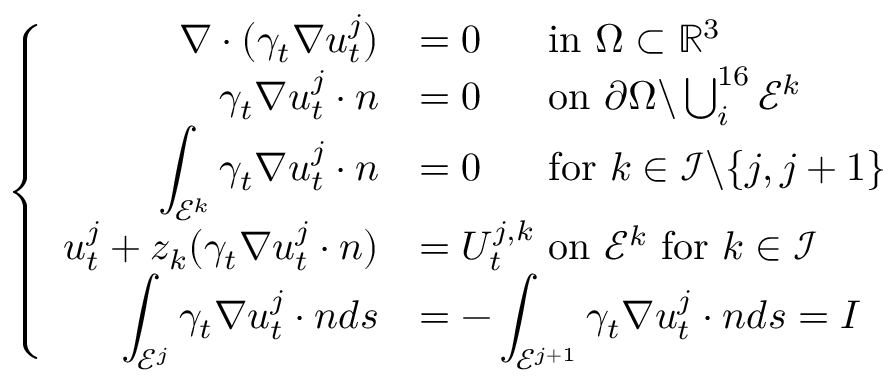
\left\{ \begin{array} { r l } { \displaystyle \nabla \cdot ( \gamma _ { t } \nabla u _ { t } ^ { j } ) } & { = 0 ~ ~ ~ ~ \mathrm { ~ i n ~ } \Omega \subset \mathbb { R } ^ { 3 } } \\ { \gamma _ { t } \nabla u _ { t } ^ { j } \cdot n } & { = 0 ~ ~ ~ ~ \mathrm { ~ o n ~ } \partial \Omega \backslash \bigcup _ { i } ^ { 1 6 } \mathcal E ^ { k } } \\ { \displaystyle \int _ { \mathcal E ^ { k } } \gamma _ { t } \nabla u _ { t } ^ { j } \cdot n } & { = 0 ~ ~ ~ ~ \mathrm { ~ f o r ~ } k \in \mathcal I \backslash \{ j , j + 1 \} } \\ { \displaystyle u _ { t } ^ { j } + z _ { k } ( \gamma _ { t } \nabla u _ { t } ^ { j } \cdot n ) } & { = U _ { t } ^ { j , k } \mathrm { ~ o n ~ } \mathcal E ^ { k } \mathrm { ~ f o r ~ } k \in \mathcal I } \\ { \displaystyle \int _ { \mathcal E ^ { j } } \gamma _ { t } \nabla u _ { t } ^ { j } \cdot n d s } & { = - \displaystyle \int _ { \mathcal E ^ { j + 1 } } \gamma _ { t } \nabla u _ { t } ^ { j } \cdot n d s = I } \end{array} \right.